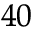
^ { 4 0 }